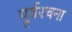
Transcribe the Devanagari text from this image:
पूर्वरचना